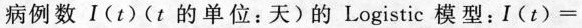
病例数I(t)(t的单位：天)的Logistic模型：$$I ( t ) =